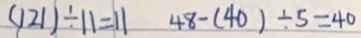
( 1 2 1 ) \div 1 1 = 1 1 4 8 - ( 4 0 ) \div 5 = 4 0